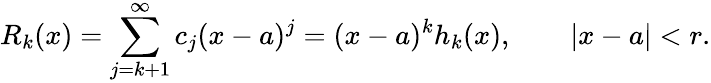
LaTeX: R_{k}(x)=\sum_{j=k+1}^{\infty}c_{j}(x-a)^{j}=(x-a)^{k}h_{k}(x),\qquad|x-a|<r.